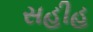
સહીહ